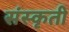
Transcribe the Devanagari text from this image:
संस्कृती